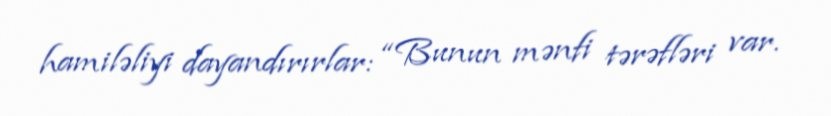
hamiləliyi dayandırırlar: “Bunun mənfi tərəfləri var.